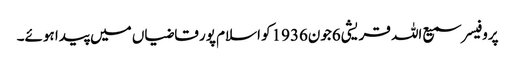
پروفیسر سمیع اللہ قریشی6جون1936کو اسلام پور قاضیاں میں پیدا ہوئے۔